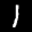
Label: 1